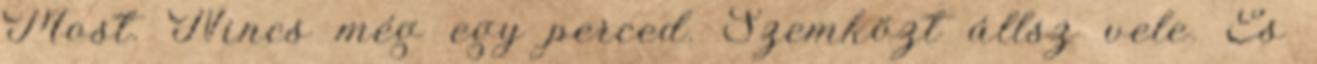
Most. Nincs még egy perced. Szemközt állsz vele. És